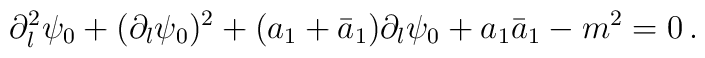
\partial_l^2\psi_0+(\partial_l\psi_0)^2+(a_1+\bar{a}_1)\partial_l\psi_0+a_1\bar{a}_1-m^2=0\,.